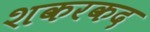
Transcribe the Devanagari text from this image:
शकरकद